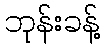
ဘုန်းခန့်